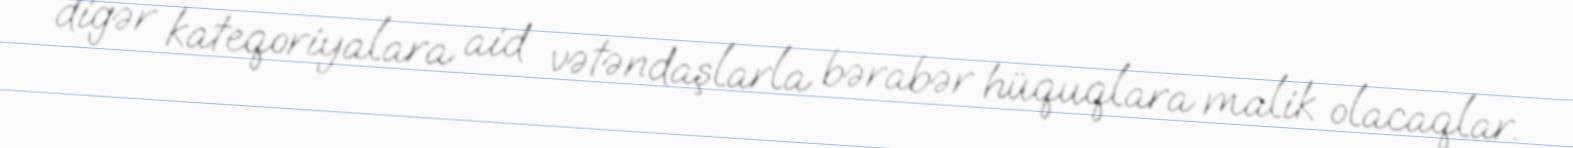
digər kateqoriyalara aid vətəndaşlarla bərabər hüquqlara malik olacaqlar.